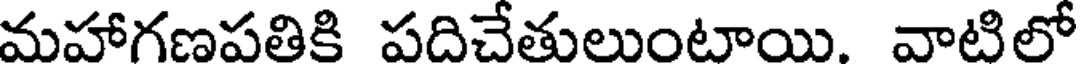
మహాగణపతికి పదిచేతులుంటాయి. వాటిలో